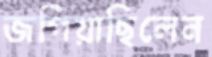
জপিয়াছিলেন